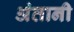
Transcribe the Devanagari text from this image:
अंतानी